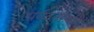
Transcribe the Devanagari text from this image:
पर्यटनस्थळी